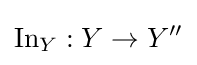
\operatorname {In} _{Y}:Y\to Y''